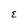
Character: E